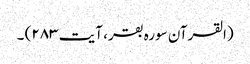
(القرآن سورہ بقر، آیت ۲۸۳) ۔